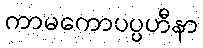
ကာမကောပပ္ပဟီနာ